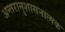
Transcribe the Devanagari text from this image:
अन्तरानुशासनात्मक